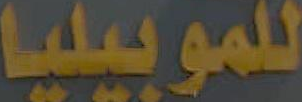
للموبيليا